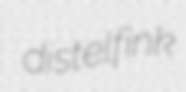
distelfink